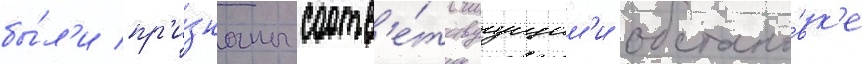
бы́л'и пр'и́знаны соотв'е́тствуущим'и обстано́вк'е